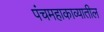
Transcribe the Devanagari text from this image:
पंचमहाकाव्यातील